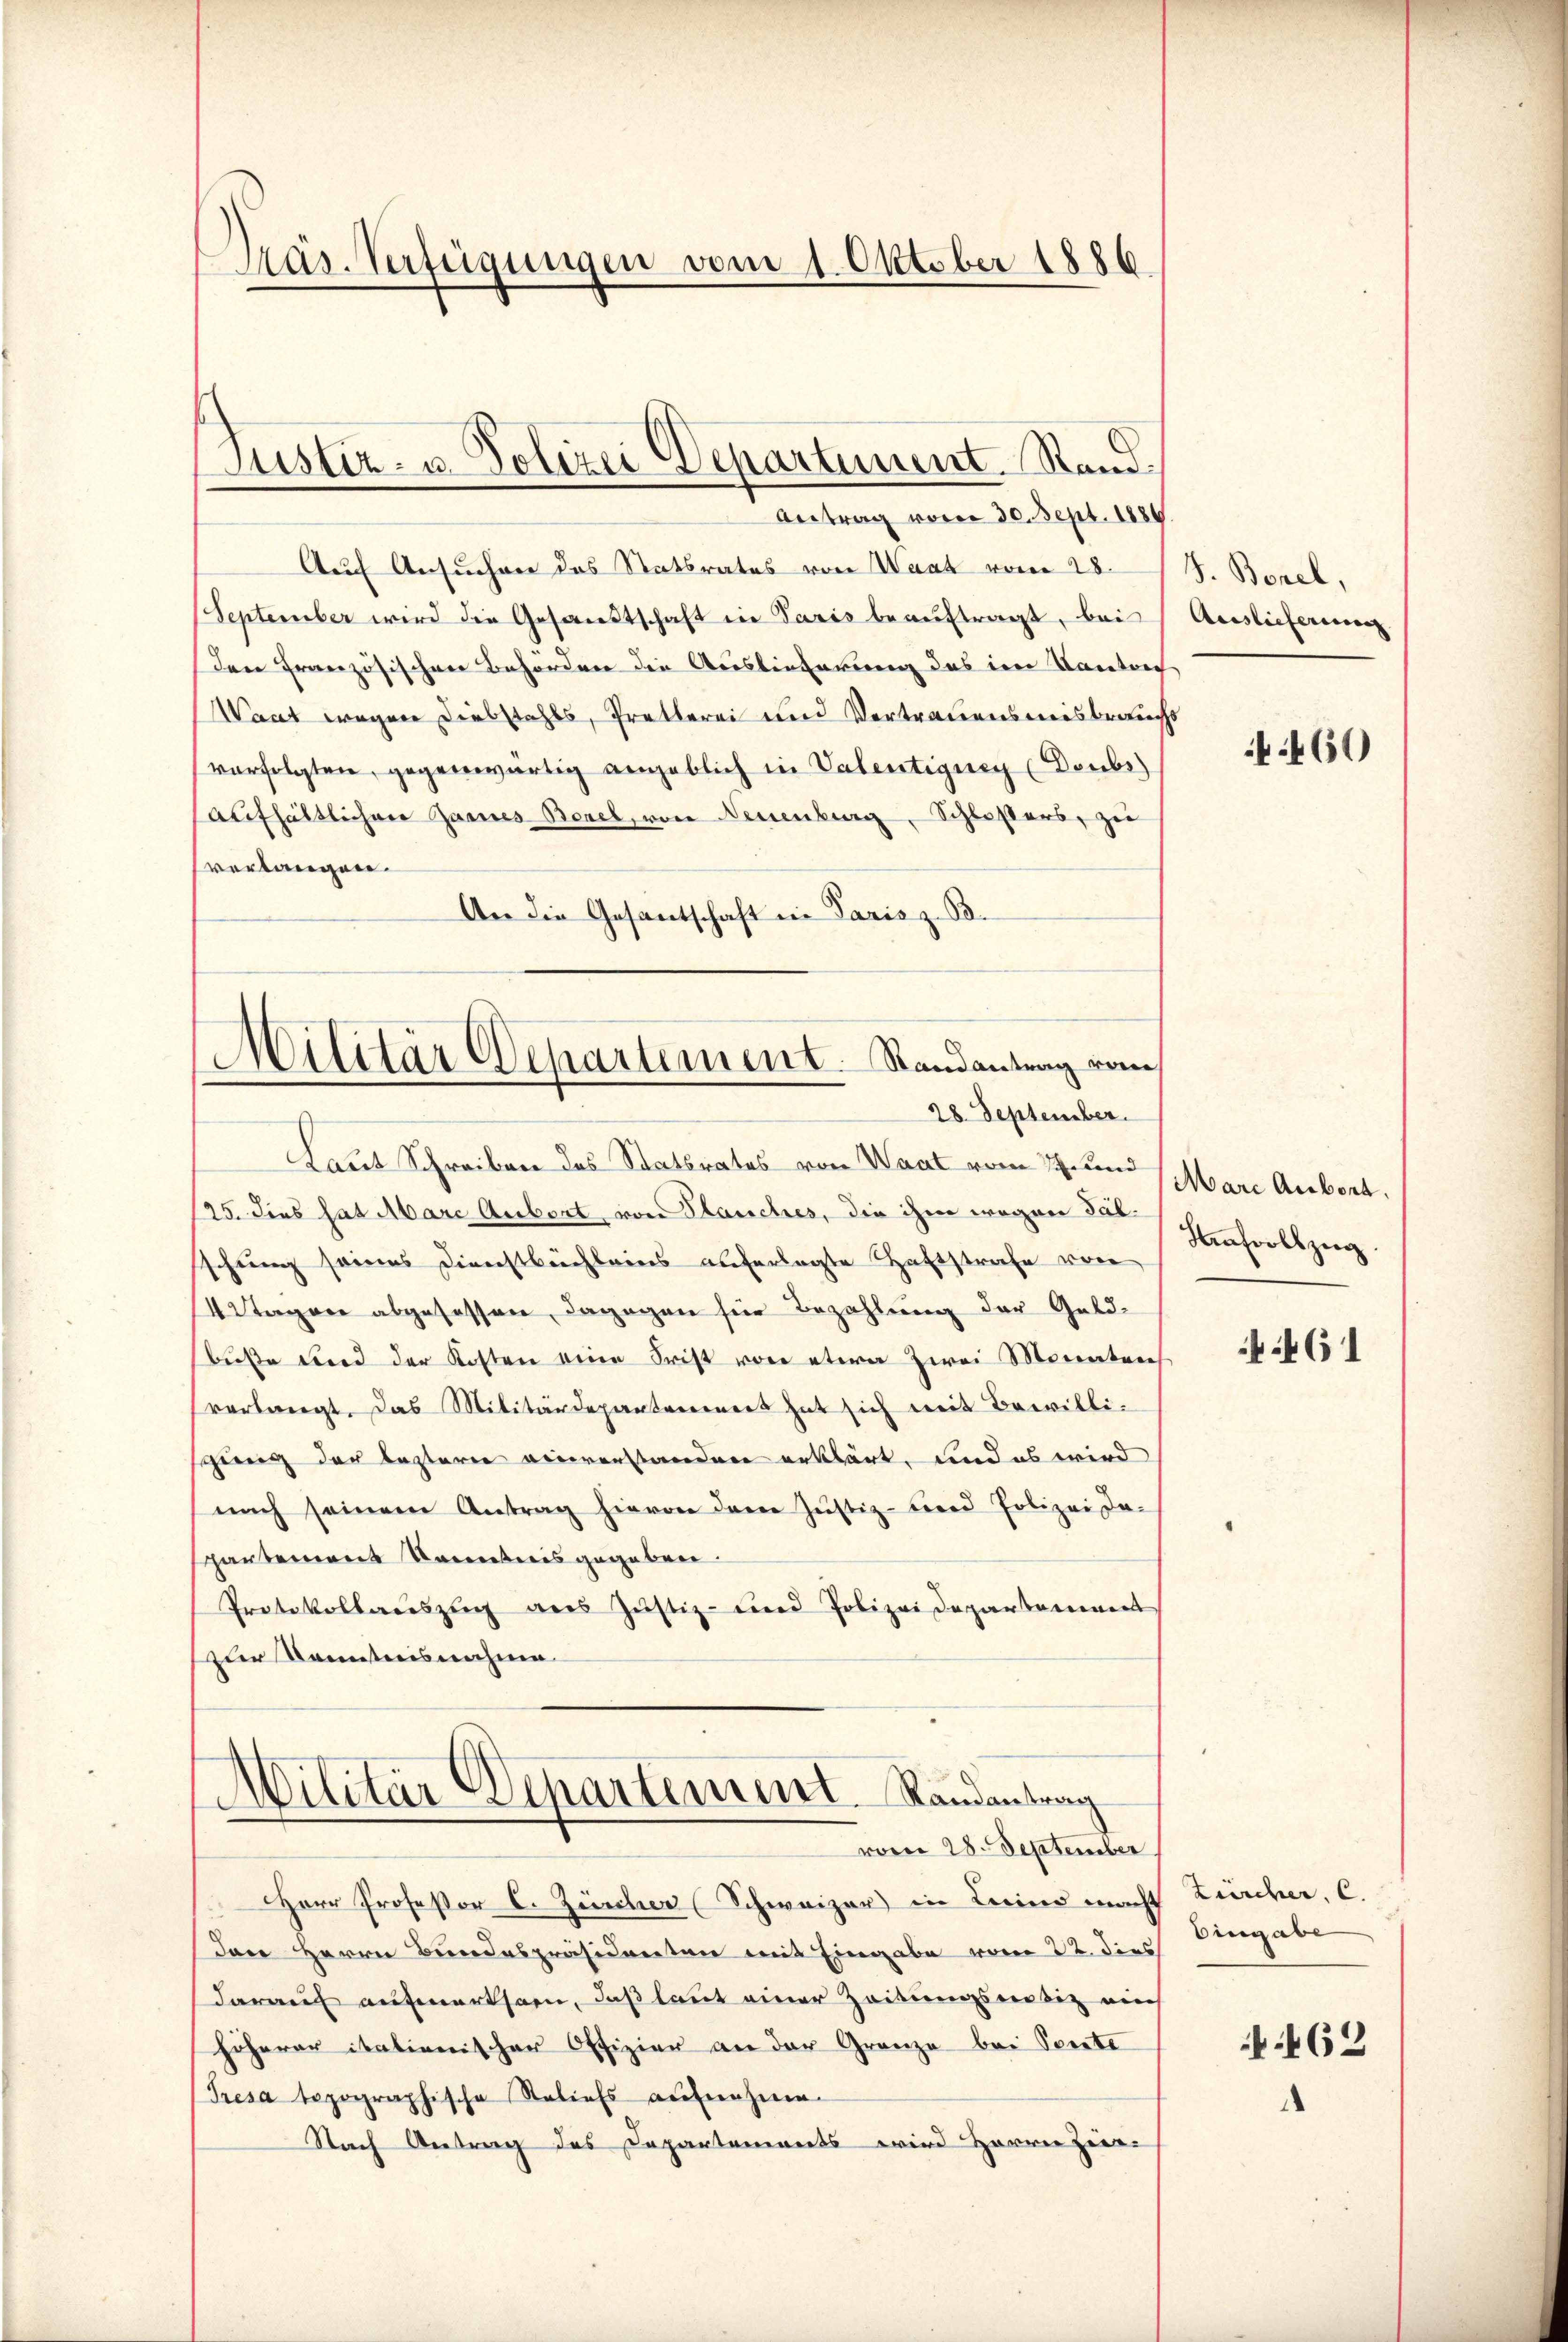
Präs. Verfügungen vom 1. Oktober 1886.

Auf Ansuchen des Statsrates von Waat vom 28.
September wird die Gesandtschaft in Paris beauftragt, bei
Den Französischen Behörden die Auslieferung das im Kontrach
Want wegen Diebstahls, Pretlerei und Vertrauensmisbrauchs
verfolgten, gegenwärtig angeblich in Valentigung (Doubs
aufhältlichen Zannes Borel, von Neuenburg, Schloßers, zu
verlangen.
An die Gesantschaft in Paris z. B.
Militär Departement. Randantrag vom

Justiz- u. Polizei Departement. Stand.
Antrag vom 30. Sept. 1886.

28. September.

Laut Schreiben des Statsrates von Waat vom 17. und Mare Aubort.
125. dies hat Marc Aubert, von Planches, die ihm wegen Tabschung seines Dienstbüchleins auferlegte Haftstrafe von
4 Tagene abgesessen, dagegen für Bezahlung der Geld-
buße und der Kosten eine Frist von etwa zwei Monaten
verlangt. Das Militärdepantrennert hat sich mit Bewilligung der lezterer einverstanden erklärt, und es wird
nach seinem Antrag hievon den Jŭstiz- und Polizei Da-
partement Kenntnis gegeben.
Protokollaŭszŭg ans Justiz- und Polizeidepartement
zur Kenntnisnahme

Militär Departement Randantrag
vom 28. September

Herr Professor C. Zürcher (Schweizer in Leind macht
das Herrn Bundespräsidenten mit Eingabe vom 22. dies
darauf aufmerksam, daß laut einer Zeitungsnotiz ain
höherer italienischer Offizier an der Granze bei Seite
Tresa topographische Steliefs aufnehme.
Nach Antrag des Departements wird Herren Zier-

J. Borel,
Auslieferung

460

Hrnsvollzug.

461

Zürcher. C.
Eingabe

462